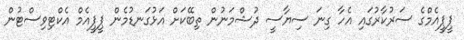
ޕީޕީއެމްގެ ސަރުކާރުގައި އެހާ ގިނަ ސިޔާސީ ދުޝްމަނުން ތިބޭކަށް އަޅުގަނޑުމެން ޕީޕީއެމް އެކްޓިވިސްޓުން